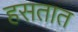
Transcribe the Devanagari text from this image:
हसतात